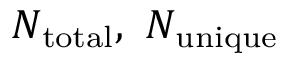
N _ { \mathrm { t o t a l } } , \ N _ { \mathrm { u n i q u e } }